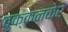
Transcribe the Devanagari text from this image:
बुक्कनकेरे